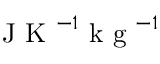
\mathrm { ~ J ~ K ~ } ^ { - 1 } \mathrm { ~ k ~ g ~ } ^ { - 1 }